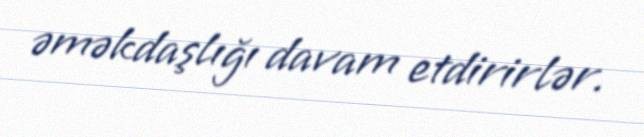
əməkdaşlığı davam etdirirlər.